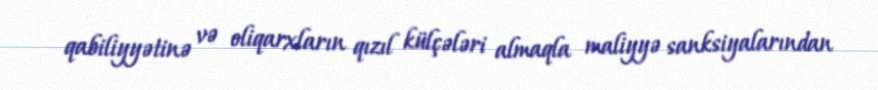
qabiliyyətinə və oliqarxların qızıl külçələri almaqla maliyyə sanksiyalarından